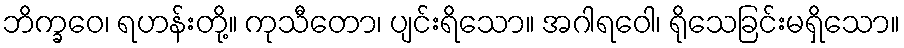
ဘိက္ခဝေ၊ ရဟန်းတို့။ ကုသီတော၊ ပျင်းရိသော။ အဂါရဝေါ၊ ရိုသေခြင်းမရှိသော။